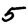
Digit: 5